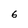
Character: 6